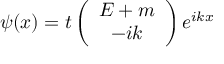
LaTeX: \psi ( x ) = t \left( \begin{array} { c } { { E + m } } \\ { { - i k } } \end{array} \right) e ^ { i k x }